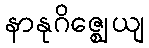
နာနုဂိဇ္ဈေယျ